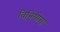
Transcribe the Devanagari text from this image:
विनियोगः